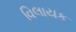
વિલાયક